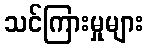
သင်ကြားမှုများ